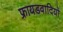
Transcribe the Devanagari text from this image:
फ्रायडवादियों